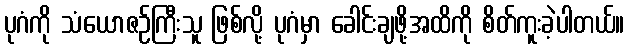
ပုဂံကို သံယောဇဉ်ကြီးသူ ဖြစ်လို့ ပုဂံမှာ ခေါင်းချဖို့အထိကို စိတ်ကူးခဲ့ပါတယ်။